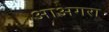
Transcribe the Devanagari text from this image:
आअगरा